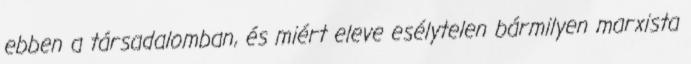
ebben a társadalomban, és miért eleve esélytelen bármilyen marxista